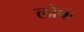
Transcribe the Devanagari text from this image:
लोपः